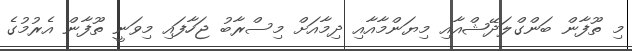
މި ތޫފާން ބަންގްލަދޭޝްއާއި މިޔަންމާއާއި ދިމާއަށް މިސްރާބު ޖަހާފައި މިވަނީ ތޫފާން އެރުމުގެ